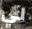
لي